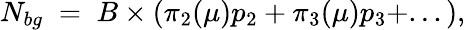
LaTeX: N_{bg}\; =\; B\times(\pi_{2}(\mu)p_{2}+\pi_{3}(\mu)p_{3}+...),